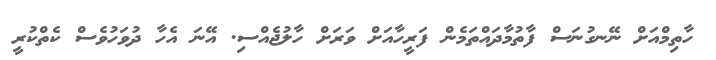
ހާތިމްއަށް ނޭނގުނަސް ފާތުމާދައްތަމެން ފަރީހާއަށް ވަރަށް ހާލުޖެއްސި. އޭނަ އެހާ ދުވަހުވެސް ކެތްކުރީ